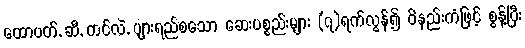
ထောပတ်, ဆီ, တင်လဲ, ပျားရည်စသော ဆေးပစ္စည်းများ (၇)ရက်လွန်၍ ဝိနည်းကံဖြင့် စွန့်ပြီး